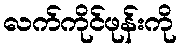
လက်ကိုင်ဖုန်းကို